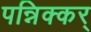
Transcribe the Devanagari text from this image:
पन्निक्कर्